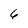
Character: 6